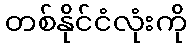
တစ်နိုင်ငံလုံးကို